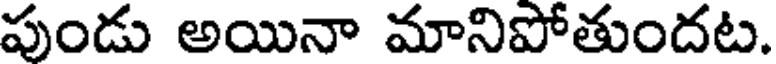
పుండు అయినా మానిపోతుందట.